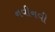
નવીનવી